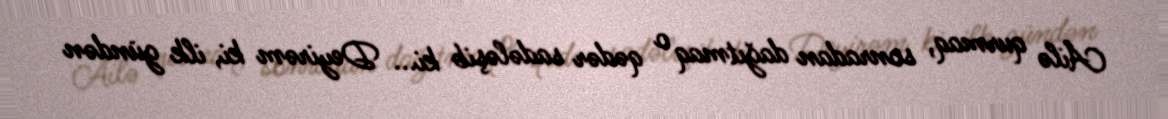
Ailə qurmaq, sonradan dağıtmaq o qədər sadələşib ki... Deyirəm ki, ilk gündən